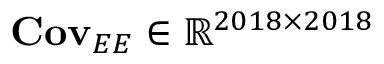
{ \bf C o v } _ { E E } \in \mathbb { R } ^ { 2 0 1 8 \times 2 0 1 8 }